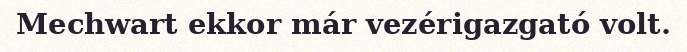
Mechwart ekkor már vezérigazgató volt.